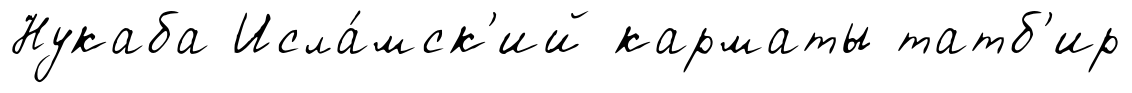
Нукаба Исла́мск'ий карматы татб'ир